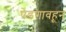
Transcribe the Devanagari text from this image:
पेडगावहून